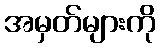
အမှတ်များကို